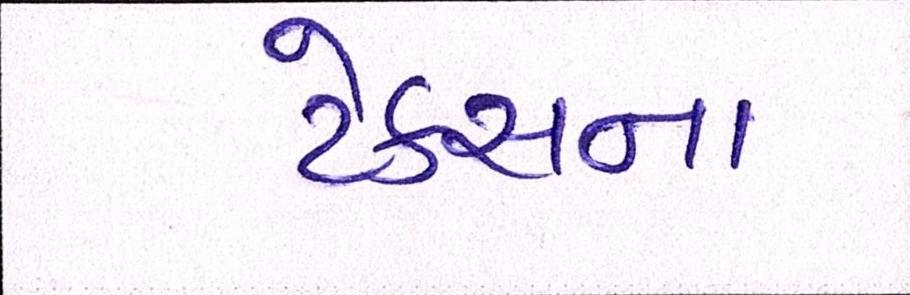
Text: ટેક્સના